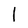
Character: l